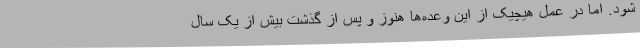
شود. اما در عمل هیچیک از این وعده‌ها هنوز و پس از گذشت بیش از یک سال